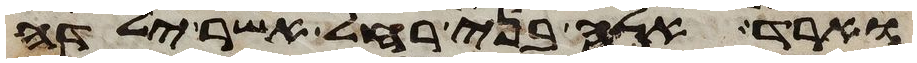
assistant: וארד אלה בני רחל אשר ילדה